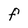
Character: F